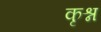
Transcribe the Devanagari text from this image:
कृश्न